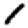
Digit: 1